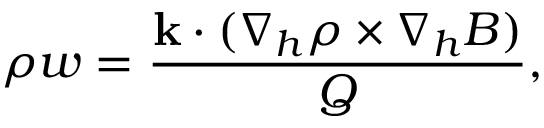
\rho w = \frac { { \bf k } \cdot ( \nabla _ { h } \rho \times \nabla _ { h } B ) } { Q } ,